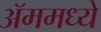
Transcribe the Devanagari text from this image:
ॲममध्ये